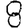
Digit: 8